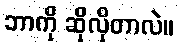
ဘာကို ဆိုလိုတာလဲ။